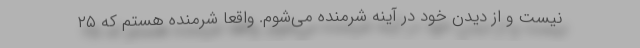
نیست و از دیدن خود در آینه شرمنده می‌شوم. واقعاً شرمنده هستم که ۲۵